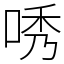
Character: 唀